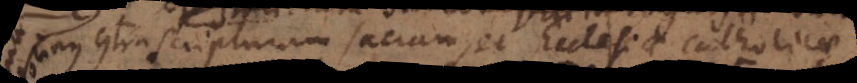
contra scripturam sacram et Ecclesiae Catholicae